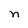
Character: n